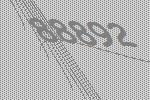
88892